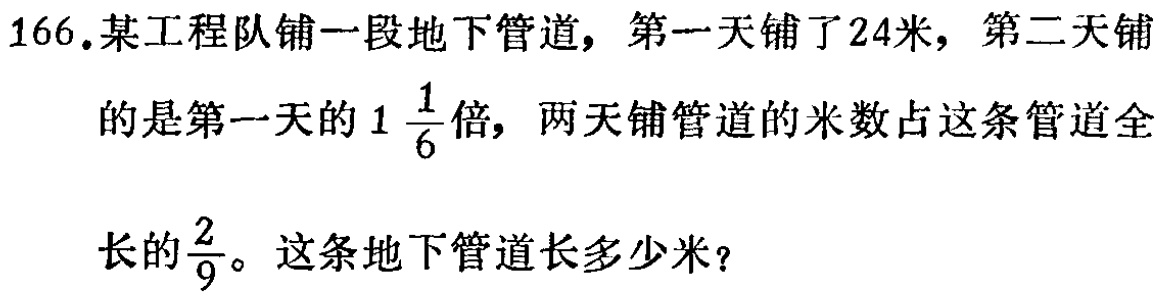
166.某工程队铺一段地下管道，第一天铺了24米，第二天铺的是第一天的$1\frac{1}{6}$倍，两天铺管道的米数占这条管道全长的$\frac{2}{9}$。这条地下管道长多少米？